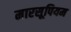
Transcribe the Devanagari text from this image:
मारसूपियम